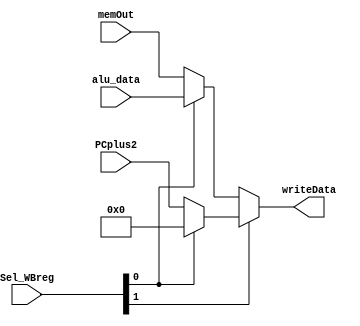
//Class: ECE 552 Computer Architecture, File: iwriteback.v
//Write Back stage: contains a 4-2 mux to control what output gets written to the register file

module iwriteback(Sel_WBreg, PCplus2, alu_data, memOut, writeData); 

input[1:0] Sel_WBreg;
input [15:0] PCplus2, alu_data, memOut;
output [15:0] writeData;
//Will implement memToReg for the future in the pipelined version, for now not needed...
assign writeData = (Sel_WBreg[1]) ? ((Sel_WBreg[0]) ? (16'h0) : (PCplus2)) : ((Sel_WBreg[0]) ? (alu_data) : (memOut));

endmodule